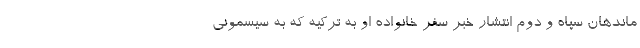
ماندهان سپاه و دوم انتشار خبر سفر خانواده او به تركیه كه به سیسمونی